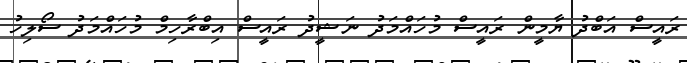
ރައީސް އަބްދު ޔާމީން ރައީސް މުހައްމަދު ނަޝީދު ރައީސް އިބްރާހިމް މުހައްމަދު ސޯލިހު